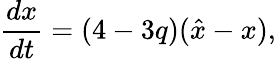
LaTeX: \frac{dx}{dt}=(4-3q)(\hat{x}-x),